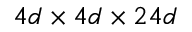
4 d \times 4 d \times 2 4 d